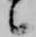
候